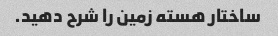
ساختار هسته زمین را شرح دهید.